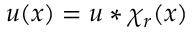
u ( x ) = u * \chi _ { r } ( x )